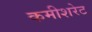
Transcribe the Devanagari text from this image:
कमीशरेट